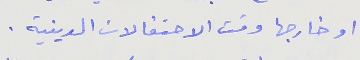
او خارجها وقت الاحتفالات الدينية .